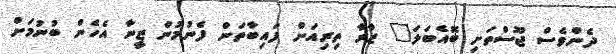
ދެންވެސް ޖޫސްތަށި ބޮއެބަލަ" ޒާރާ ތިރިއަށް ފައިބާތަން ފެނުމުން ޒީނާ އެހެން ބުނުމަށް